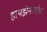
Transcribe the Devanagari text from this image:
हायझेनबर्गचा